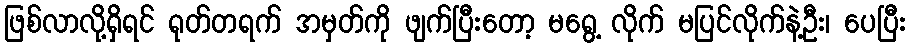
ဖြစ်လာလို့ရှိရင် ရုတ်တရက် အမှတ်ကို ဖျက်ပြီးတော့ မရွေ့ လိုက် မပြင်လိုက်နဲ့ဦး၊ ပေပြီး